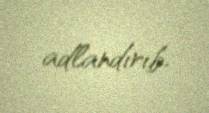
adlandırıb.